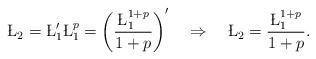
LaTeX: \begin{align*}\L_2=\L_1'\L_1^p=\left(\frac{\L_1^{1+p}}{1+p}\right)'\quad\Rightarrow\quad\L_2=\frac{\L_1^{1+p}}{1+p}.\end{align*}